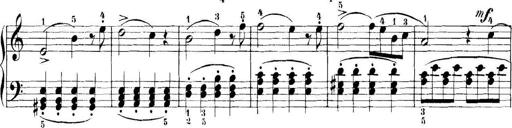
Title: 11 Sonatinas
Composer: Anton Diabelli